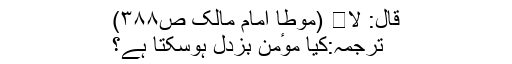
قال: لا․ (موطا امام مالک ص۳۸۸)
ترجمہ:کیا موٴمن بزدل ہوسکتا ہے؟